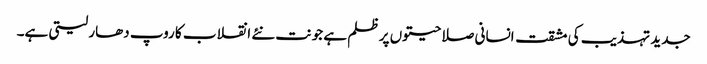
جدید تہذیب کی مشقت انسانی صلاحیتوں پر ظلم ہے جو نت نئے انقلاب کا روپ دھار لیتی ہے۔